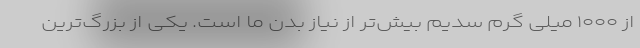
از ۱۰۰۰ میلی گرم سدیم بیش‌تر از نیاز بدن ما است. یکی از بزرگ‌ترین